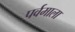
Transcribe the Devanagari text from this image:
पर्वमाला